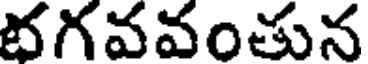
భగవవంతున